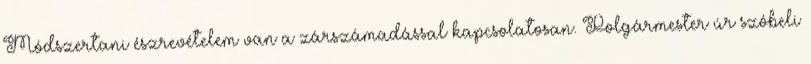
Módszertani észrevételem van a zárszámadással kapcsolatosan. Polgármester úr szóbeli